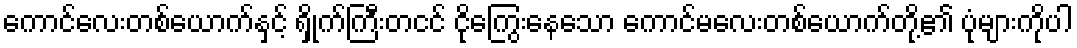
ကောင်လေးတစ်ယောက်နှင့် ရှိုက်ကြီးတငင် ငိုကြွေးနေသော ကောင်မလေးတစ်ယောက်တို့၏ ပုံများကိုပါ